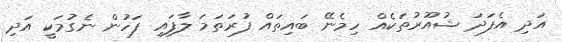
އަދި އެފަދަ ޝުއޫރުތަކެއް ހިމެނޭ ބައިތައް ފުރަތަމަ ލާފައި ފަހުން ނެގުމަކީ އަދި